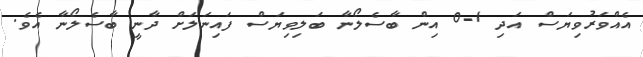
އެއްވަރުވިޔަސް އަދި 1-0 އިން ބާސެލޯނާ ބަލިވިޔަސް ފައިނަލަށް ދާނީ ބާސެލޯނާ އެވެ.